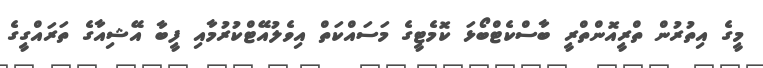
މީގެ އިތުރުން ތްރީއޮންތްރީ ބާސްކެޓްބޯޅަ ކޮމެޓީގެ މަސައްކަތް އިވެލުއޭޓްކުރުމާއި ފީބާ އޭޝިއާގެ ތަރައްގީގެ